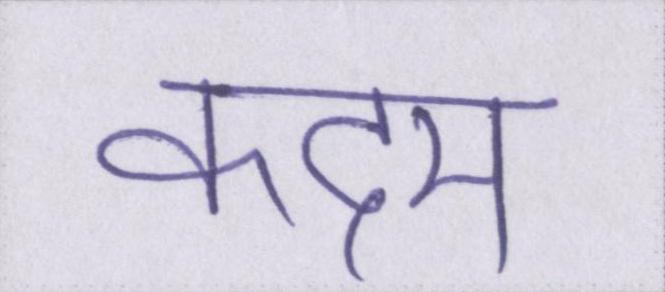
कदम